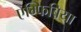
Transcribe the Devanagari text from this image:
एम्फिबिया